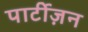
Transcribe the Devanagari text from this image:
पार्टीज़न